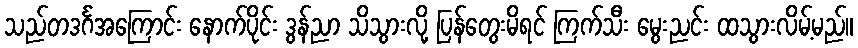
သည်တဒင်္ဂအကြောင်း နောက်ပိုင်း ဒွန်ညာ သိသွားလို့ ပြန်တွေးမိရင် ကြက်သီး မွေးညင်း ထသွားလိမ့်မည်။